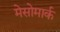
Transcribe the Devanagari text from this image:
मेसोमार्क